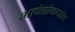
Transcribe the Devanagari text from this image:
भाषेसंबधांत